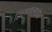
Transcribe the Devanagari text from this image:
शिरानालशोथ